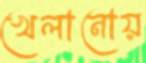
খেলানোয়